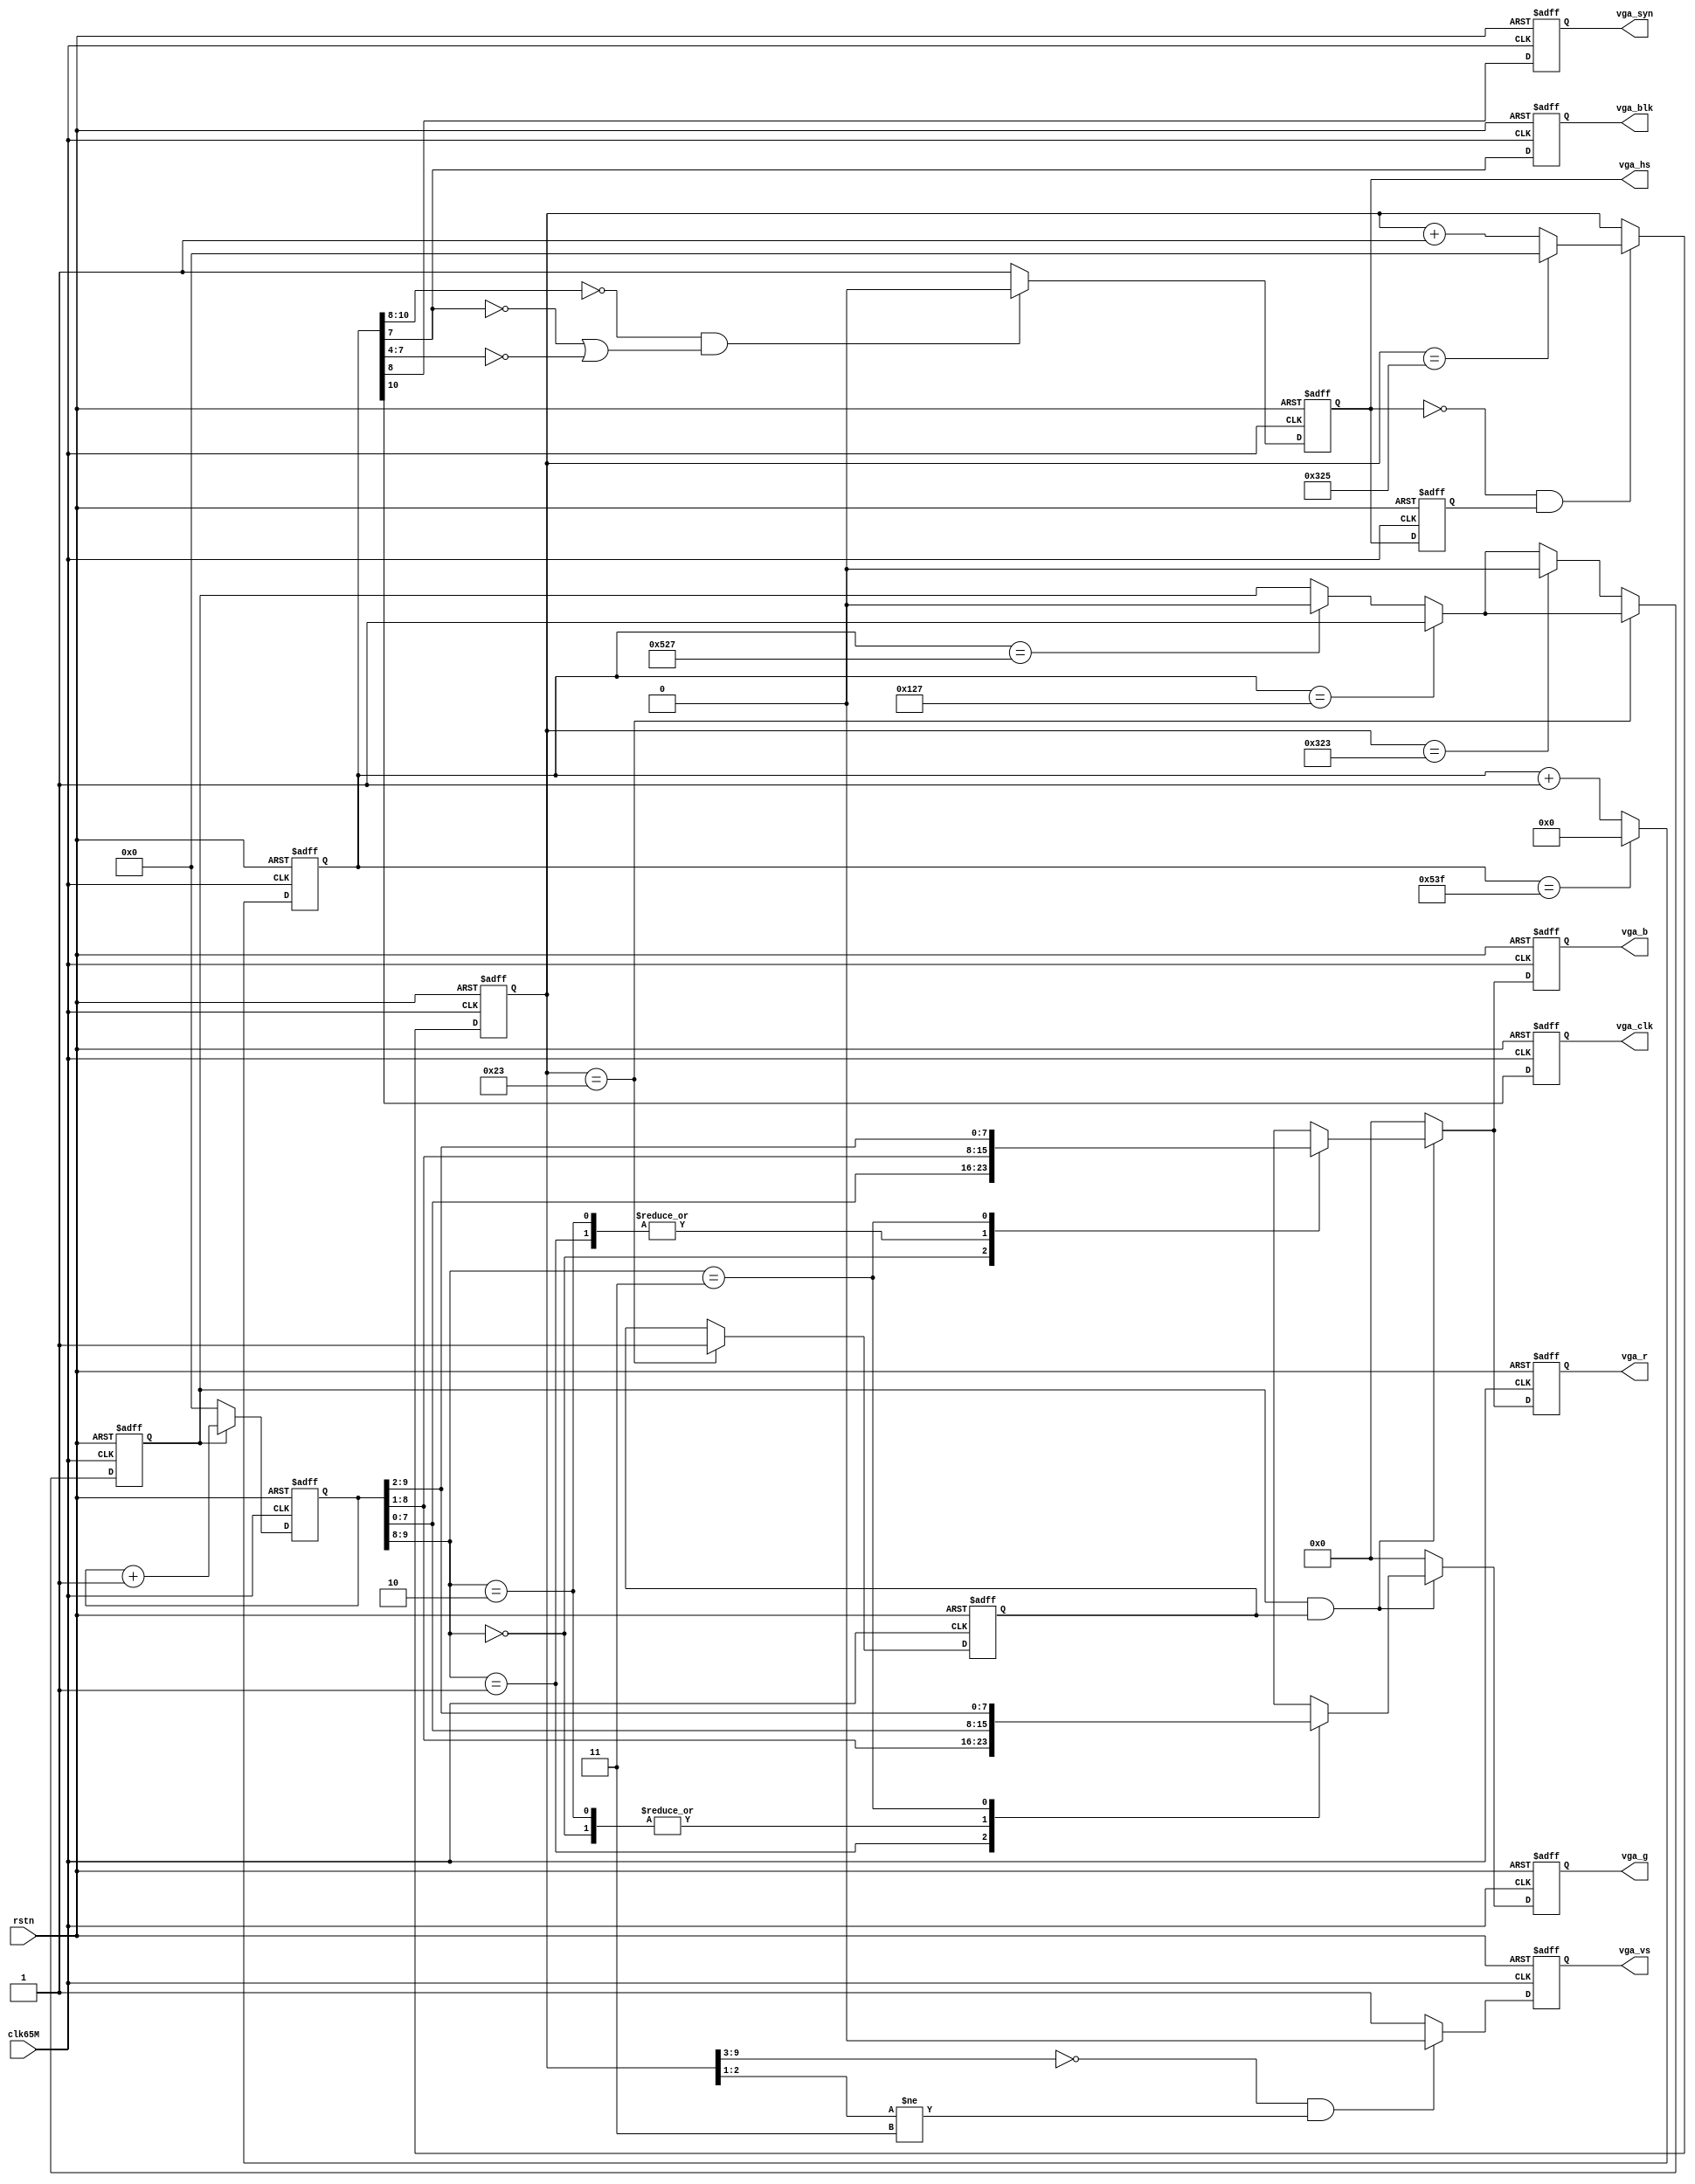

//====================================================================================

  //  Data             :     2013-03-10
  //  Rev              :     1.0
  //  HomePage         :     hevc265.taobao.com       
   
//====================================================================================
  

//-- output:   1024*768 @60hz


//===================================================================================

`timescale 1ns / 1ps

module vga_top(  
  		clk65M,
  		rstn,

  		vga_hs,
  		vga_vs,
  		vga_r,
  		vga_g,
  		vga_b,
                vga_blk,
                vga_syn,
                vga_clk
  		  
		);
			

//===========================================================================			

  input        	clk65M;             
  input        	rstn;              
  

  output    	vga_hs;           
  output    	vga_vs;           
  output 	[7:0]vga_r;    
  output 	[7:0]vga_g;    
  output 	[7:0]vga_b;    
  output        vga_blk;
  output        vga_syn;
  output        vga_clk;


  wire    	vga_hs;
  wire    	vga_vs;
  reg[7:0] 		vga_r;
  reg[7:0] 		vga_g;
  reg[7:0]		vga_b;

  reg        vga_blk;
  reg        vga_syn;
  reg        vga_clk;

//===========================================================================

reg [10:0]hcnt;
reg [9:0]vcnt;

reg vgahs;
reg vgavs;
reg vgahs1;


assign vga_hs = vgahs;
assign vga_vs = vgavs;

always @(posedge clk65M or negedge rstn)
begin
     if(!rstn)
        begin
             hcnt <= 11'd0;
             vcnt <= 10'd0;   
             
             vgahs <= 1'b1;   
             vgavs <= 1'b1;
             vgahs1 <= 1'b0; 
             
             vga_blk <= 1'b0;  
             vga_syn <= 1'b0;  
             vga_clk <= 1'b0; 
             
        end
     else
        begin 
        
             vga_blk <= hcnt[7];
             vga_syn <= hcnt[8];
             vga_clk <= hcnt[10];    
             
                 
        
             if(hcnt==11'd1343)                 //-- 1344pix1024pix;
                begin
                     hcnt <= 11'd0;
                end
             else
                begin
                     hcnt <= hcnt + 1'b1;
                end
                
             if(hcnt[10:8]==3'd0&&(hcnt[7]==1'b0||hcnt[7:4]==4'd0))  //-- 0~135
                begin
                     vgahs <= 1'b0;    //-- hs136pix
                end
             else
                begin
                     vgahs <= 1'b1;
                end
                
                
             vgahs1 <= vgahs;   
             if(vgahs==1'b0&&vgahs1==1'b1)   //-- vgahs
                begin
                     if(vcnt==10'd805)
                        begin
                             vcnt <= 10'd0;
                        end
                     else
                        begin
                             vcnt <= vcnt + 1'b1;
                        end
                end
                
             if(vcnt[9:3]==7'd0&&vcnt[2:1]!=2'b11)  //-- 0~5
                begin
                     vgavs <= 1'b0;           //-- vs,  6vgahs 
                end                
             else
                begin
                     vgavs <= 1'b1;
                end
                                                   
        end
end
        
reg horzvld;
reg vertvld;

reg [9:0]hpixcnt;

always @(posedge clk65M or negedge rstn)
begin
     if(!rstn)
        begin
  	     vga_r <= 8'd0;
  	     vga_g <= 8'd0;
  	     vga_b <= 8'd0;   
  	     
  	     horzvld <= 1'b0;    
  	     vertvld <= 1'b0;
  	     hpixcnt <= 10'd0;
        end
     else
        begin 
             if(hcnt==11'd295)
                begin
                     horzvld <= 1'b1;
                end
             else
                begin
                     if(hcnt==11'd1319)     //-- hcnt: 296~1320 
                        begin
                             horzvld <= 1'b0; 
                        end
                end
                
             if(vcnt==10'd35)
                begin
                     vertvld <= 1'b1;
                end
             else
                begin
                     if(vcnt==10'd803)     //-- vcnt: 36~804 
                        begin
                             horzvld <= 1'b0; 
                        end
                end             
                
             if(horzvld==1'b1)
                begin
                    hpixcnt <= hpixcnt + 1'b1;
                end
             else
                begin
                    hpixcnt <= 10'd0;
                end
        
             if(horzvld==1'b1&&vertvld==1'b1)
                begin
                    case(hpixcnt[9:8])           //-- 4       
                       2'd0:
                            begin
   	                         vga_r <= hpixcnt[7:0];
  	                         vga_g <= hpixcnt[7:0];
  	                         vga_b <= hpixcnt[7:0];                                 
                            end
                            
                       2'd1:
                            begin
   	                         vga_r <= hpixcnt[8:1];
  	                         vga_g <= hpixcnt[8:1];
  	                         vga_b <= hpixcnt[8:1];                                 
                            end
                            
                       2'd2:
                            begin
   	                         vga_r <= hpixcnt[8:1];
  	                         vga_g <= hpixcnt[7:0];
  	                         vga_b <= hpixcnt[8:1];                                 
                            end
                            
                       2'd3:
                            begin
   	                         vga_r <= hpixcnt[9:2];
  	                         vga_g <= hpixcnt[9:2];
  	                         vga_b <= hpixcnt[9:2];                                 
                            end
                     
                    endcase                                                                                    
                end
             else
                begin
   	              vga_r <= 8'd0;
  	              vga_g <= 8'd0;
  	              vga_b <= 8'd0;                                                 
                end
        end

end






endmodule